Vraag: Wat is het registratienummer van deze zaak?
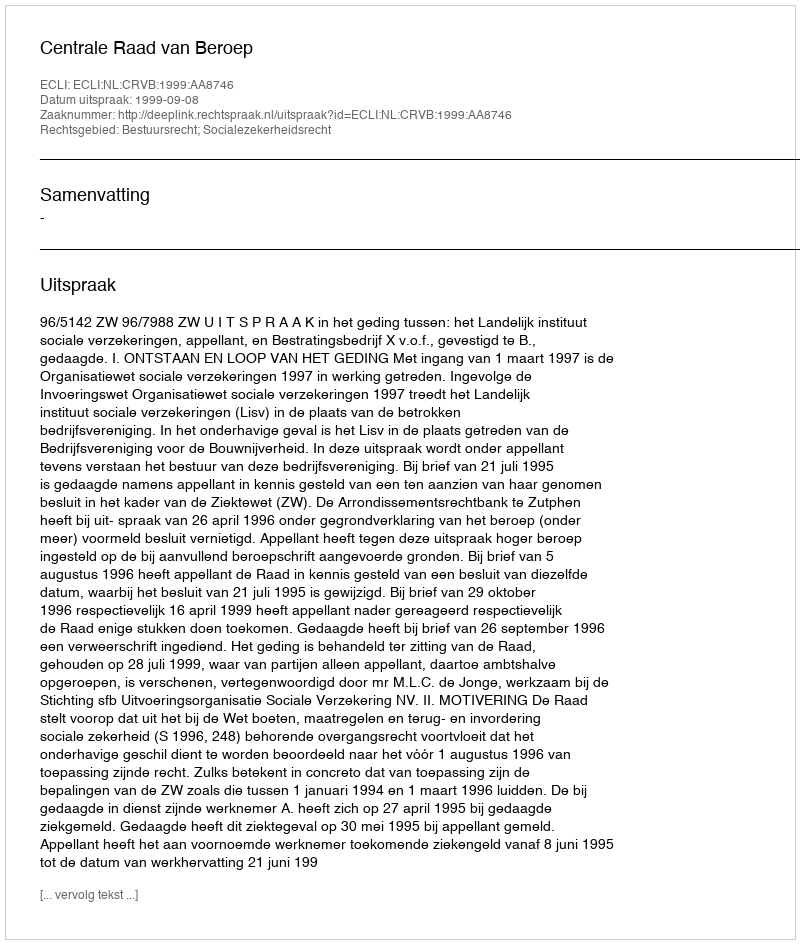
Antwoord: http://deeplink.rechtspraak.nl/uitspraak?id=ECLI:NL:CRVB:1999:AA8746